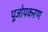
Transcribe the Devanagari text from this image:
पूजोपकरण